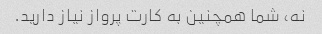
نه، شما همچنین به کارت پرواز نیاز دارید.